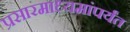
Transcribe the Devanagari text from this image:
प्रसारमाध्यमांपर्यंत